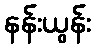
နန်းယွန်း